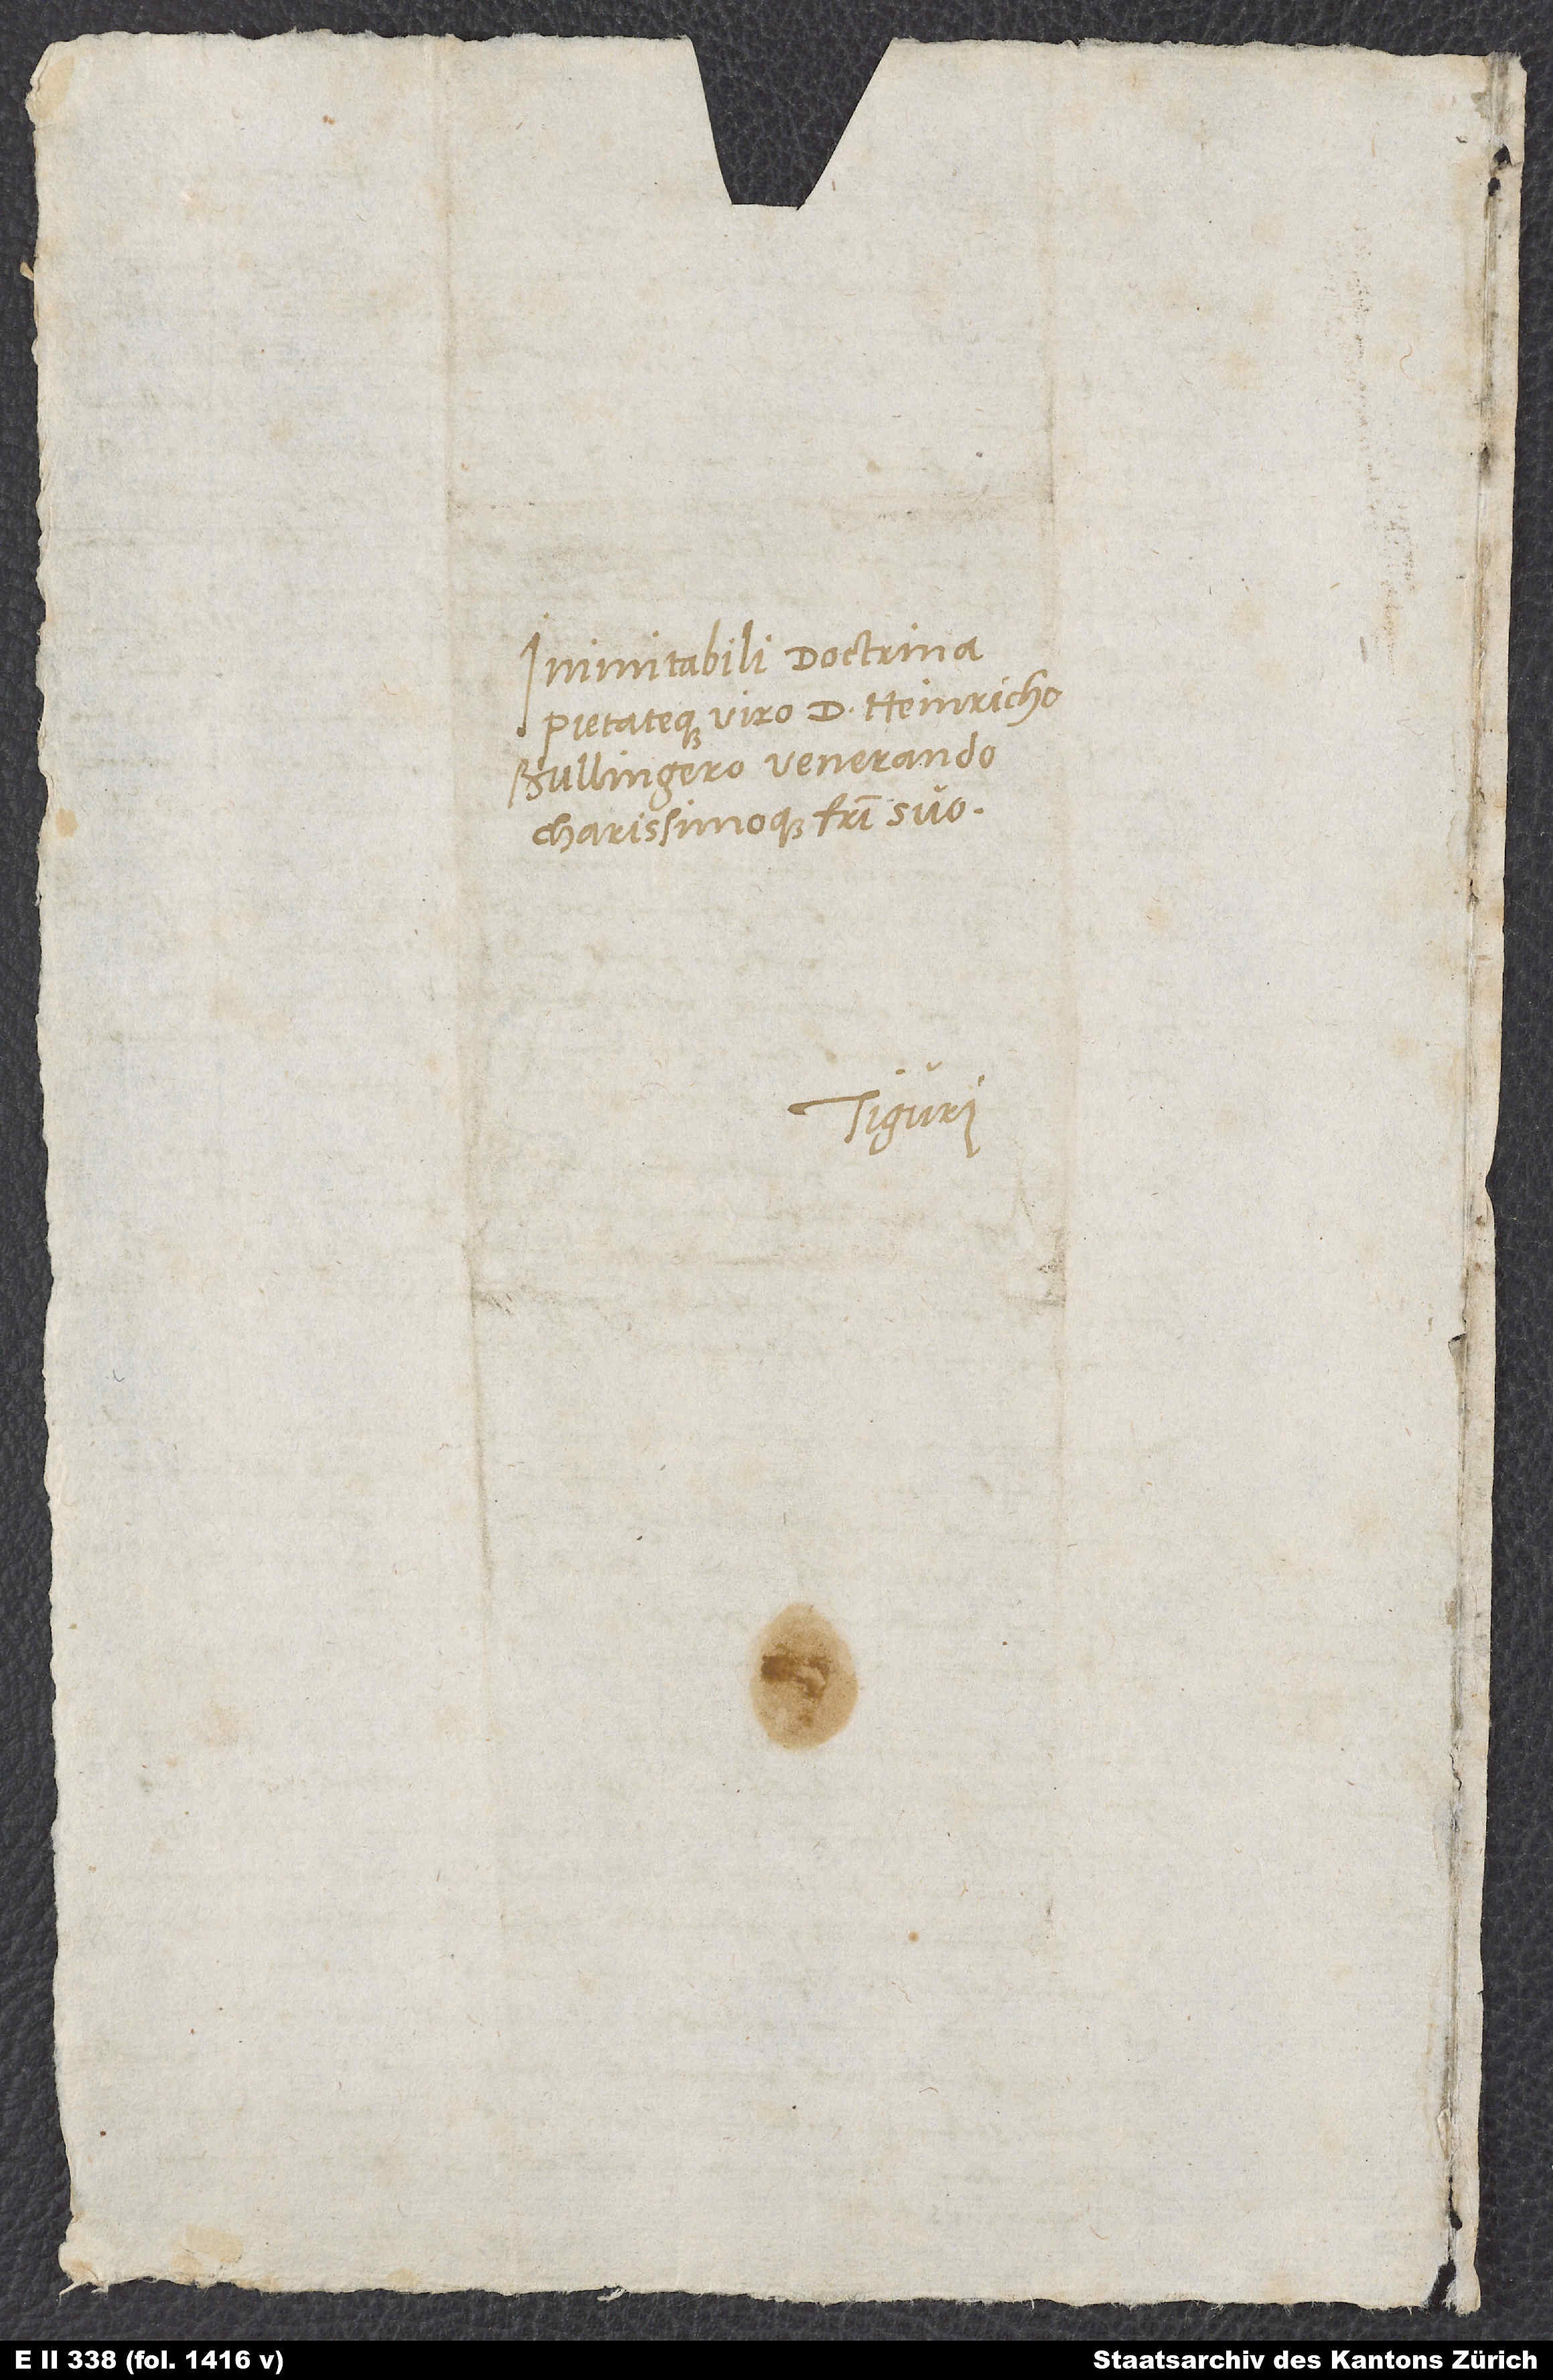
Inimitabili doctrina
pietateque viro d. Heinricho
Bullingero, venerando
charissimoque fratri suo.
Tiguri.